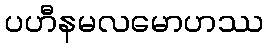
ပဟီနမလမောဟဿ